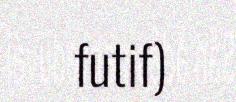
futif)